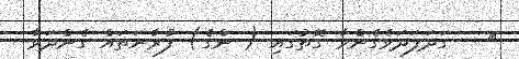
١   ގަދަފަދަވެގެންވާ ގޮތުގައި ( ންގެ) ފުރާނަތައް ގެންދަވާ